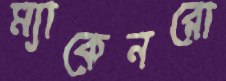
ম্যাকেনরো